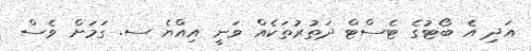
އަދި އެ ބޯޓުގެ ޓެސްޓް ދަތުރުތަކެއް ވަނީ އިއްޔެ ސ. ގަމަށް ވެސް